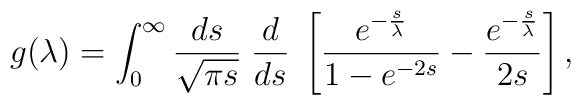
g(\lambda) =\int_0^{\infty} \frac {ds} {\sqrt{\pi s}} \; \frac {d} {d s} \; \left[ \frac {e^{- \frac {s} {\lambda}}} {1-e^{-2s}}- \frac {e^{- \frac {s} {\lambda}}} {2s} \right],